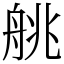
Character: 䑬